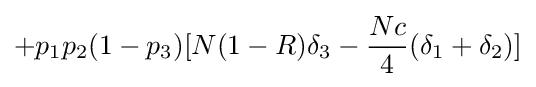
+p_{1}p_{2}(1-p_{3})[N(1-R)\delta _{3}-{\frac {Nc}{4}}(\delta _{1}+\delta _{2})]